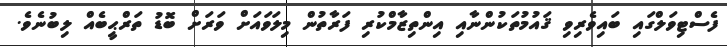
ފެސްޓިވަލްގައި ބައިވެރިވި ޤައުމުތަކުންނާއި އިންތިޒާމްކުރި ފަރާތުން މިލަވައަށް ވަރަށް ބޮޑު ތަރްޙީބެއް ލިބުނެވެ.